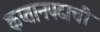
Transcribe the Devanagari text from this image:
कप्तानपदाची